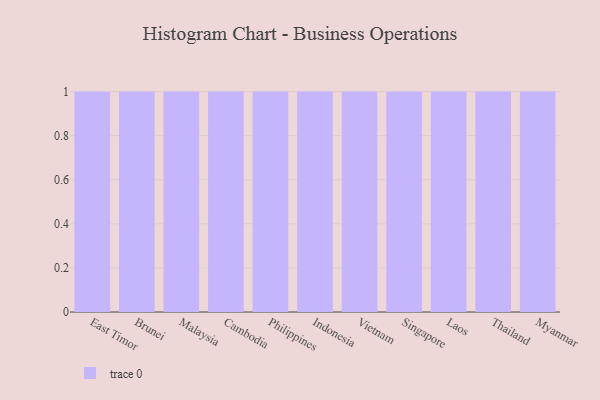
{"axis": {"x": "Country", "y": "Active Users"}, "legend": [""], "data": [{"x": "East Timor", "y": 16, "type": ""}, {"x": "Brunei", "y": 75, "type": ""}, {"x": "Malaysia", "y": 89, "type": ""}, {"x": "Cambodia", "y": 43, "type": ""}, {"x": "Philippines", "y": 71, "type": ""}, {"x": "Indonesia", "y": 77, "type": ""}, {"x": "Vietnam", "y": 22, "type": ""}, {"x": "Singapore", "y": 88, "type": ""}, {"x": "Laos", "y": 3, "type": ""}, {"x": "Thailand", "y": 58, "type": ""}, {"x": "Myanmar", "y": 87, "type": ""}]}